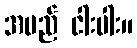
အမည် ငါးပါး။